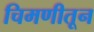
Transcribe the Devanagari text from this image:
चिमणीतून